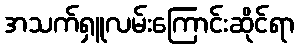
အသက်ရှူလမ်းကြောင်းဆိုင်ရာ